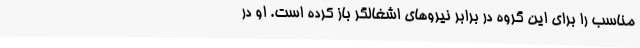
مناسب را برای این گروه در برابر نیروهای اشغالگر باز کرده است. او در